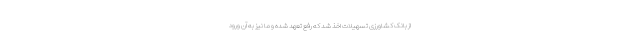
از بانک کشاورزی تسهیلات اخذ شد که رفع تعهد شده و ما نیز به آن ورود